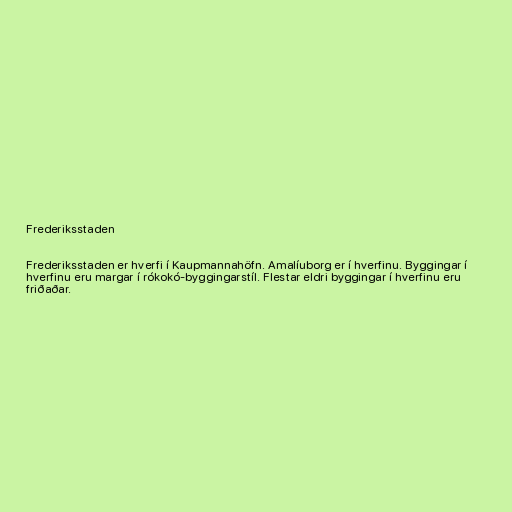
Frederiksstaden

Frederiksstaden er hverfi í Kaupmannahöfn. Amalíuborg er í hverfinu. Byggingar í
hverfinu eru margar í rókokó-byggingarstíl. Flestar eldri byggingar í hverfinu eru
friðaðar.